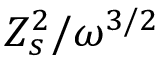
Z _ { s } ^ { 2 } / \omega ^ { 3 / 2 }